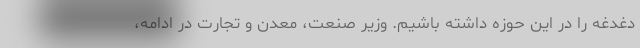
دغدغه را در این حوزه داشته باشیم. وزیر صنعت، معدن و تجارت در ادامه،